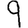
Digit: 9